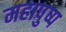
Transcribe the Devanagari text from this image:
महापुष्प